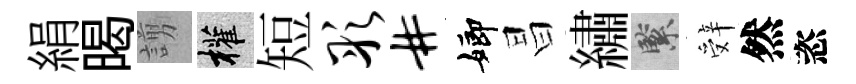
絹暍謭權短彤#嫏昌繡緊辤然恣